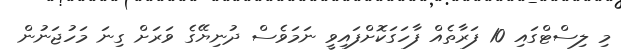
މި ލިސްޓްގައި 10 ފަރާތެއް ފާހަގަކޮށްފައިވީ ނަމަވެސް ދުނިޔޭގެ ވަރަށް ގިނަ މަހުޖަނުން